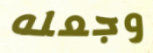
وجعله